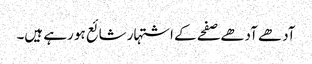
آدھے آدھے صفحے کے اشتہار شائع ہو رہے ہیں۔